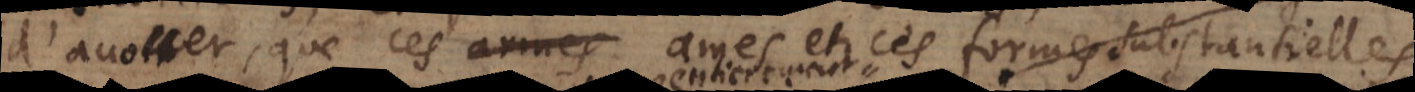
d’avouer, que ces ames et ces formes substantielles